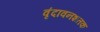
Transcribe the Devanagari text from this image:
वृंदावनशतक